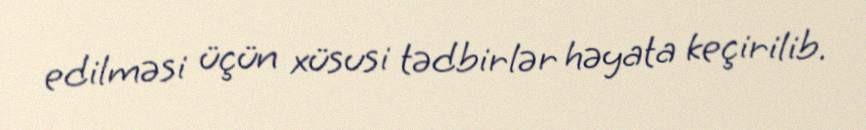
edilməsi üçün xüsusi tədbirlər həyata keçirilib.